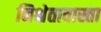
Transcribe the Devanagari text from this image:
निश्चेतावास्ता